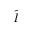
\hat { I }